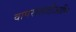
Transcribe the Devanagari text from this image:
वापरासाठीआणि